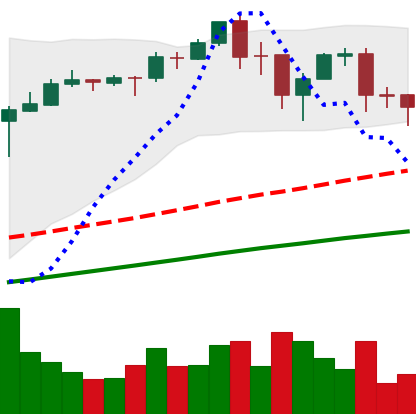
Ticker: BTC-USD
Chart end date: 2017-09-10
Forward return: -11.774%
Label: down_7plus